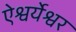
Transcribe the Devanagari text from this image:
ऐश्वर्येश्वर